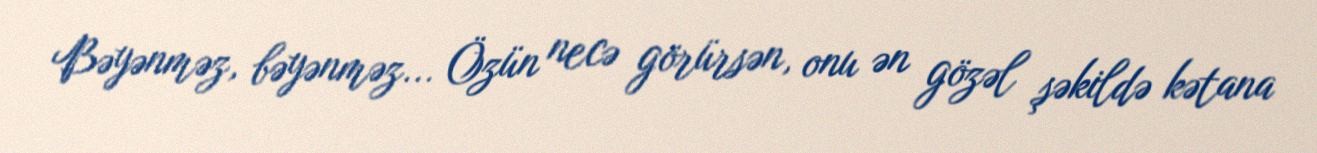
Bəyənməz, bəyənməz... Özün necə görürsən, onu ən gözəl şəkildə kətana